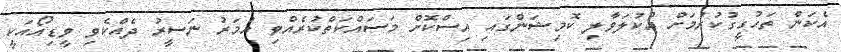
އެކަން ތަހުގީގުކުރުމަށް އުކުލަވާލި ކޮމިޝަންގައި އިސްކޮށް މަސައްކަތްކުރެއްވި އުމަރު ނަސީރު ދެއްކެވި ވީޑިއޯއަކީ